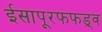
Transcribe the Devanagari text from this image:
ईसापूरफफड़्व